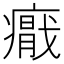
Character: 𭼪